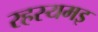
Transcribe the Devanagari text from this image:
रहस्यमइ